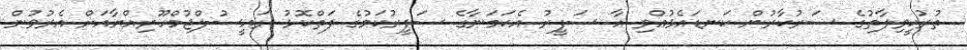
ތުރުކީވިލާތުގެ ސަރުކާރުން ކަނޑައެޅުއްވި އާ ސަފީރު އެކަމަނާގެ ސަފީރުކަމުގެ ފަތްކޮޅު ރައީސުލްޖުމްހޫރިއްޔާއަށް އެރުވުން